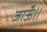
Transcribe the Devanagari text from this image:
जाऊँ।।